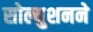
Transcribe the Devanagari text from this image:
सोल्युशनने